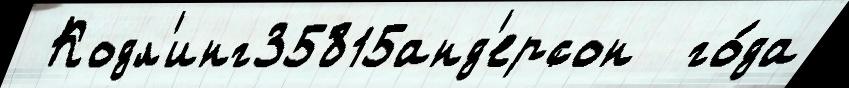
 Кодл'инг35815анд'ерсон  го́да